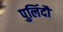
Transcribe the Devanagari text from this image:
पुलिंदौं